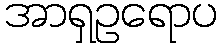
အာရှဥရောပ